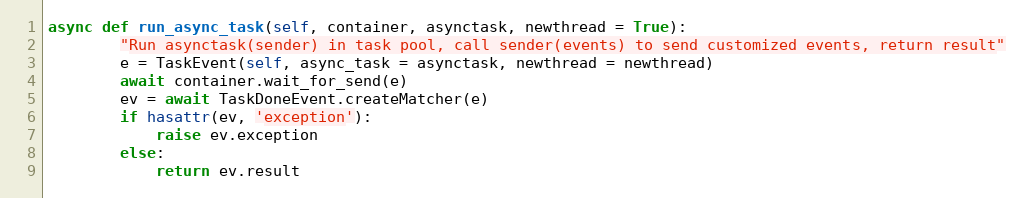
Language: Python
async def run_async_task(self, container, asynctask, newthread = True):
        "Run asynctask(sender) in task pool, call sender(events) to send customized events, return result"
        e = TaskEvent(self, async_task = asynctask, newthread = newthread)
        await container.wait_for_send(e)
        ev = await TaskDoneEvent.createMatcher(e)
        if hasattr(ev, 'exception'):
            raise ev.exception
        else:
            return ev.result